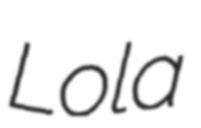
Lola